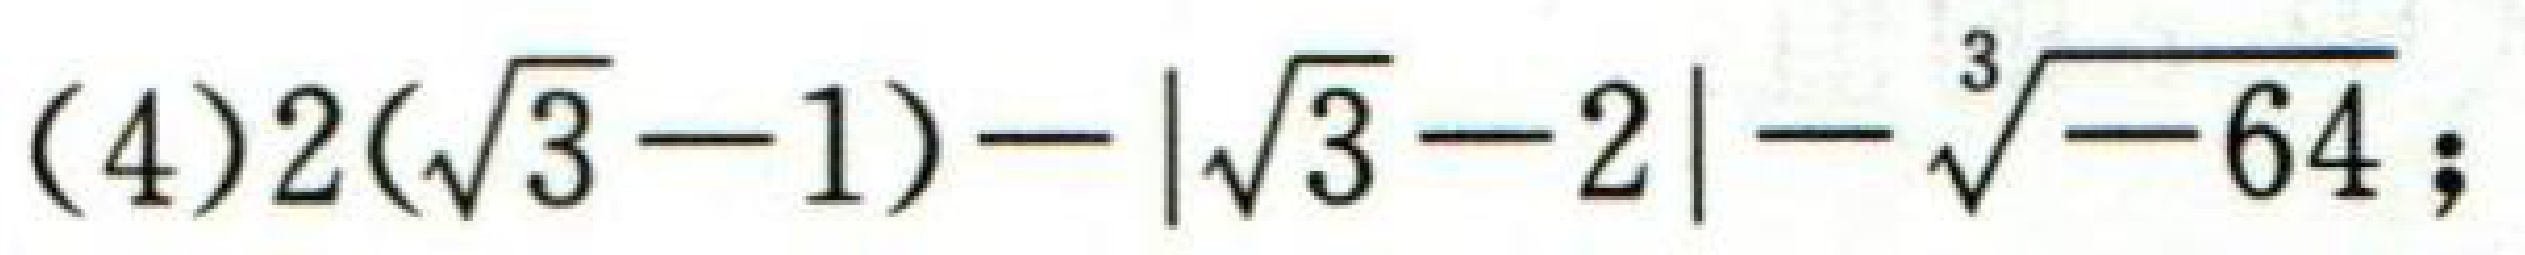
(4) \(2(\sqrt{3}-1)-|\sqrt{3}-2|-\sqrt[3]{-64}\);